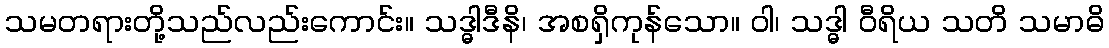
သမတရားတို့သည်လည်းကောင်း။ သဒ္ဓါဒီနိ၊ အစရှိကုန်သော။ ဝါ၊ သဒ္ဓါ ဝီရိယ သတိ သမာဓိ